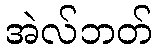
အဲလ်ဘတ်